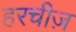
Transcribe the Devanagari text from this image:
हरचीज़